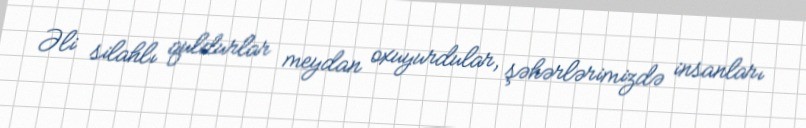
Əli silahlı quldurlar meydan oxuyurdular, şəhərlərimizdə insanları